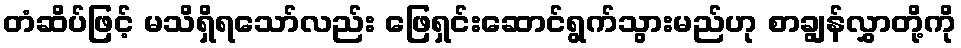
တံဆိပ်ဖြင့် မသိရှိရသော်လည်း ဖြေရှင်းဆောင်ရွက်သွားမည်ဟု စာချွန်လွှာတို့ကို